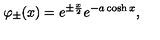
\varphi _ { \pm } ( x ) = e ^ { \pm \frac x 2 } e ^ { - a \cosh x } ,